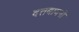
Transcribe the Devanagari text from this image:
दत्तबावनी